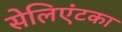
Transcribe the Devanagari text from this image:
सेलिएंटका